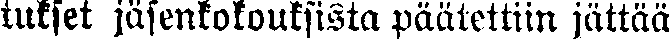
tukset jäsenkokouksista päätettiin jättää